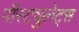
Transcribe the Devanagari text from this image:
पॉस्ट्युलेट्स